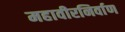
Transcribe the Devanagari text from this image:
महावीरनिर्वाण